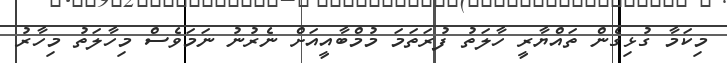
މިކަމާ ގުޅިގެން ތައްޔާރީ ހާލަތު ފުރަތަމަ މުމްބާއީއަށް ނެރުނު ނަމަވެސް މިހާލަތު މިހާރު